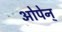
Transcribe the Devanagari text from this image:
ओपेन्